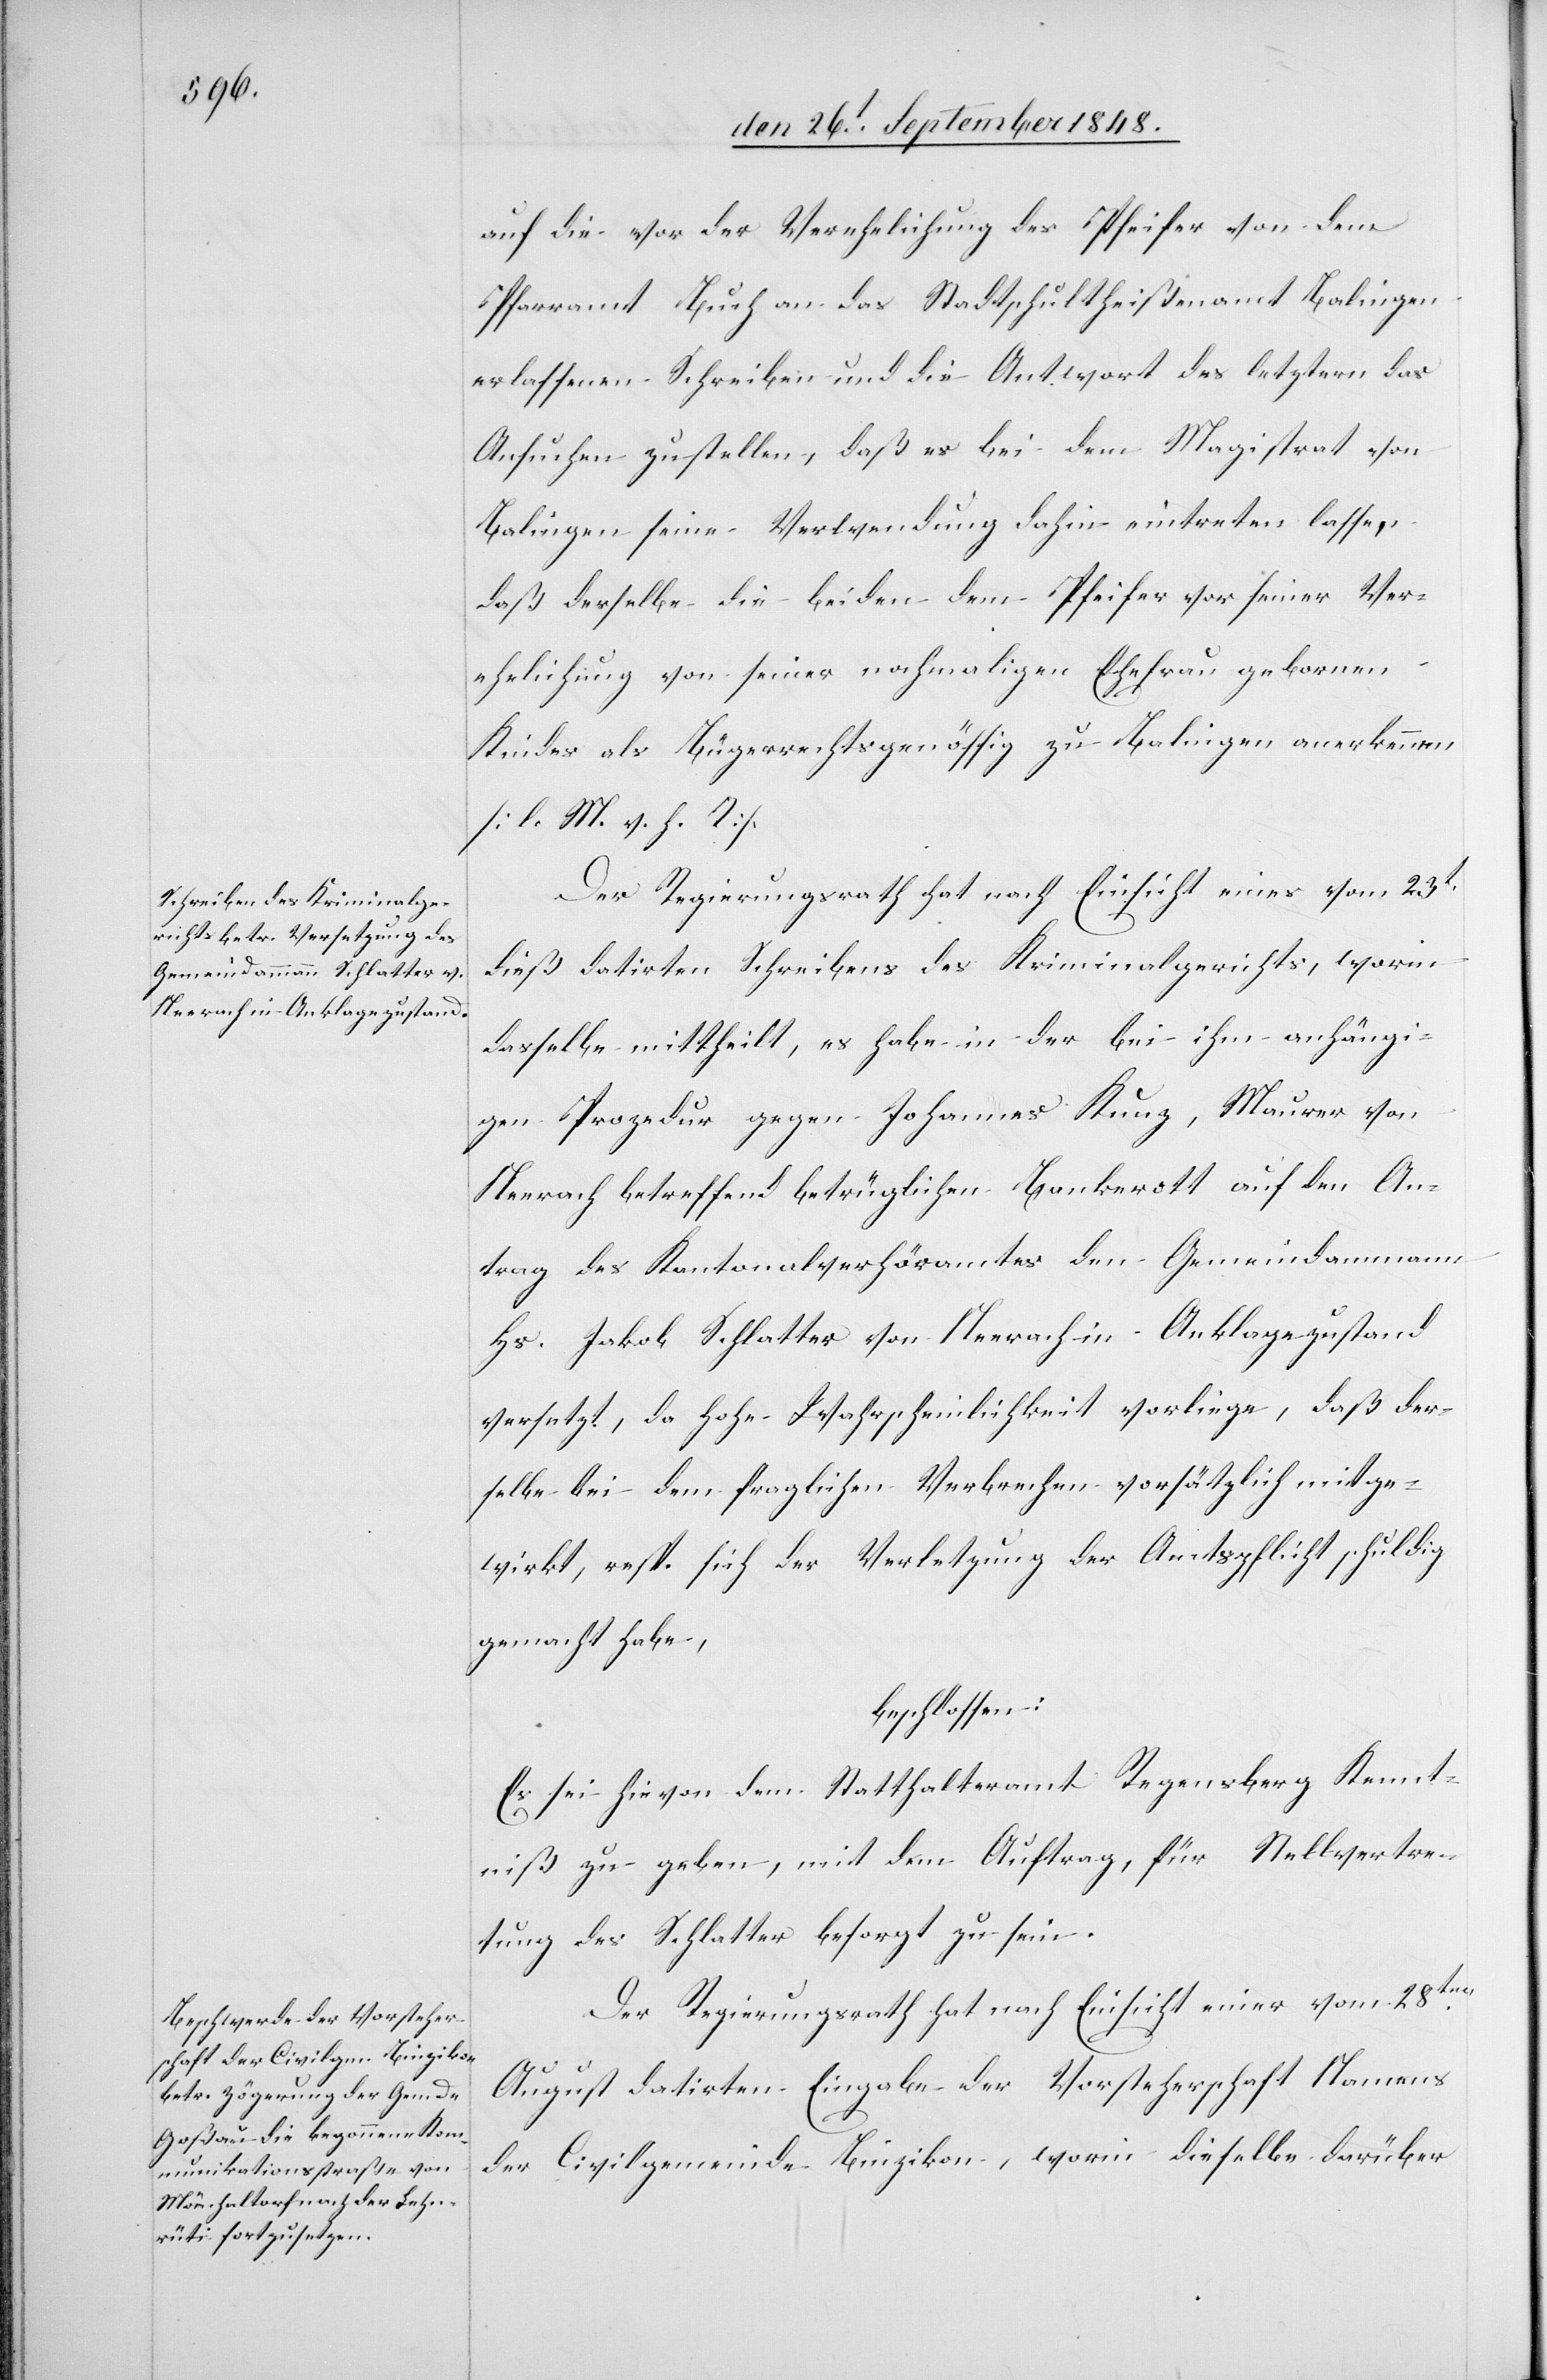
auf die vor der Verehelichung des Pfeifer von dem
Pfarramt Buch an das Stadtschultheißamt Balingen
erlassenen Schreiben und die Antwort des letztern das
Ansuchen zu stellen, daß es bei dem Magistrat von
Balingen seine Verwendung dahin eintreten lasse,
daß derselbe die beiden dem Pfeifer vor seiner Ver¬
ehelichung von seiner nochmaligen Ehefrau gebornen
Kinder als Bürgerrechtsgenössig zu Balingen anerkennen
[l. M. v. h. T].
Der Regierungsrath hat nach Einsicht eines vom 23t.
dieß datirten Schreibens des Kriminalgerichts, worin
dasselbe mittheilt, es habe in der bei ihm anhängi¬
gen Prozedur gegen Johannes Kunz, Maurer von
Neerach betreffend betrüglichen Bankerott auf den An¬
trag des Kantonalverhöramtes den Gemeindammann
Hs. Jakob Schlatter von Neerach in Anklagezustand
versetzt, da hohe Wahrscheinlichkeit vorliege, daß der¬
selbe bei dem fraglichen Verbrechen vorsätzlich mitge¬
wirkt, resp. sich der Verletzung der Amtspflicht schuldig
gemacht habe,
beschlossen.
Es sei hievon dem Statthalteramt Regensberg Kennt¬
niß zu geben, mit dem Auftrag, für Stellvertre¬
tung des Schlatter besorgt zu sein.
Der Regierungsrath hat nach Einsicht einer vom 28ten.
August datirten Eingabe der Vorsteherschaft Namens
der Civilgemeinde Binzikon, worin dieselbe darüber